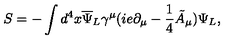
S = - \int d ^ { 4 } x { \overline { { \Psi } } _ { L } } \gamma ^ { \mu } ( i e \partial _ { \mu } - \frac { 1 } { 4 } { \tilde { A } } _ { \mu } ) \Psi _ { L } ,